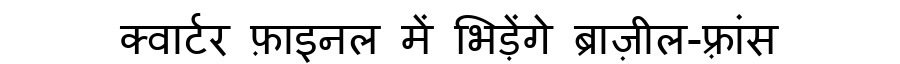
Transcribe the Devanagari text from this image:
क्वार्टर फ़ाइनल में भिड़ेंगे ब्राज़ील-फ़्रांस